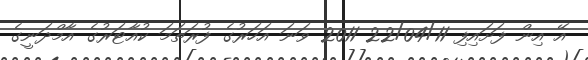
އޭ އިން ފަށައިފި 22/04/11 2011 ވަނަ އަހަރުގެ ފުރަތަމަ ކުއާޓަރުގެ އާމްދަނީގެ